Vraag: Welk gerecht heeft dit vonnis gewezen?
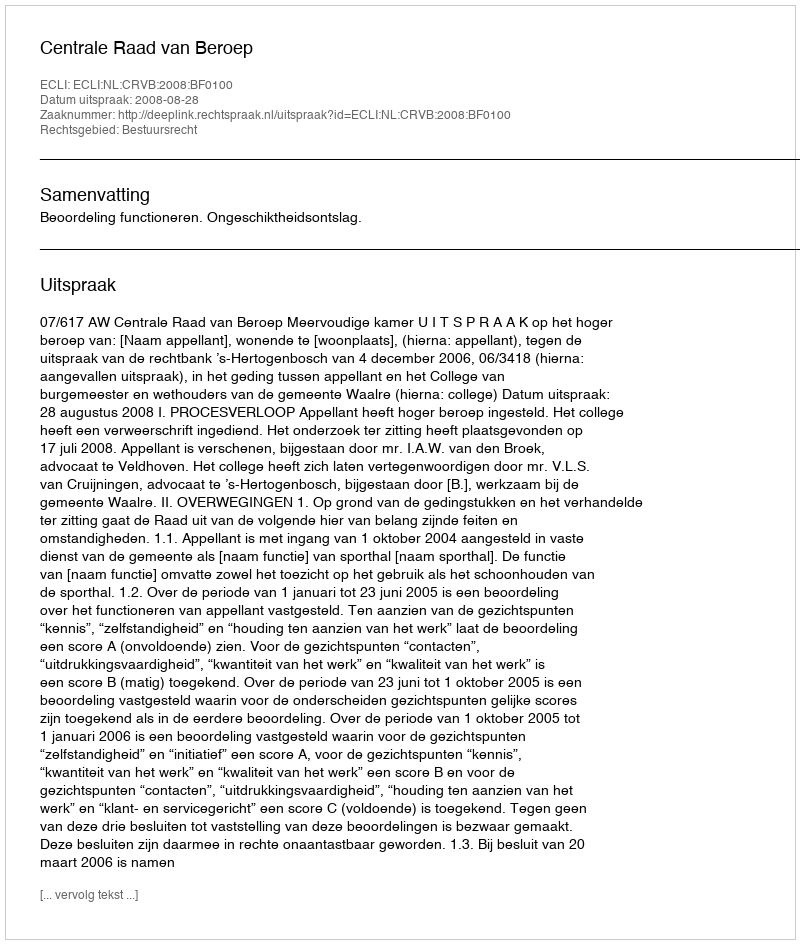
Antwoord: Centrale Raad van Beroep